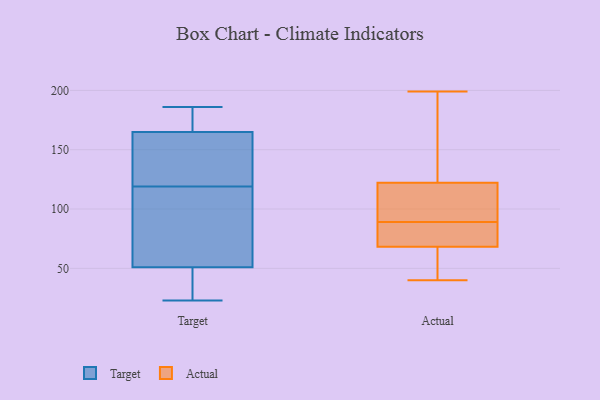
{"axis": {"x": "Churn Rate (%)", "y": "Value"}, "legend": ["Actual", "Target"], "data": [{"x": "", "y": 165, "type": "Target"}, {"x": "", "y": 45, "type": "Target"}, {"x": "", "y": 44, "type": "Target"}, {"x": "", "y": 32, "type": "Target"}, {"x": "", "y": 73, "type": "Target"}, {"x": "", "y": 160, "type": "Target"}, {"x": "", "y": 130, "type": "Target"}, {"x": "", "y": 23, "type": "Target"}, {"x": "", "y": 174, "type": "Target"}, {"x": "", "y": 91, "type": "Target"}, {"x": "", "y": 116, "type": "Target"}, {"x": "", "y": 172, "type": "Target"}, {"x": "", "y": 122, "type": "Target"}, {"x": "", "y": 182, "type": "Target"}, {"x": "", "y": 51, "type": "Target"}, {"x": "", "y": 165, "type": "Target"}, {"x": "", "y": 186, "type": "Target"}, {"x": "", "y": 104, "type": "Target"}, {"x": "", "y": 116, "type": "Actual"}, {"x": "", "y": 58, "type": "Actual"}, {"x": "", "y": 89, "type": "Actual"}, {"x": "", "y": 106, "type": "Actual"}, {"x": "", "y": 80, "type": "Actual"}, {"x": "", "y": 40, "type": "Actual"}, {"x": "", "y": 73, "type": "Actual"}, {"x": "", "y": 60, "type": "Actual"}, {"x": "", "y": 192, "type": "Actual"}, {"x": "", "y": 123, "type": "Actual"}, {"x": "", "y": 90, "type": "Actual"}, {"x": "", "y": 122, "type": "Actual"}, {"x": "", "y": 71, "type": "Actual"}, {"x": "", "y": 199, "type": "Actual"}, {"x": "", "y": 131, "type": "Actual"}, {"x": "", "y": 50, "type": "Actual"}, {"x": "", "y": 85, "type": "Actual"}]}